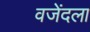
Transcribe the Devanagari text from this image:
वजेंदला